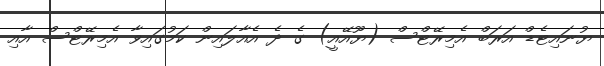
ޔުނަައިޓެޑް އަރަބް އެމިރޭޓްސް (ޔޫއޭއީ) ގެ ދެ އެއާލައިން ކަމުގައިވާ އެމިރޭޓްސް އާއި